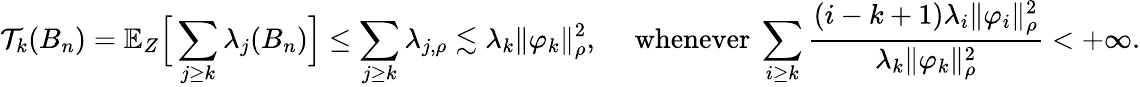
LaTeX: \mathcal T_{k}(B_{n})=\mathbb E_{Z}\Big[\sum_{j\geq k}\lambda_{j}(B_{n})\Big]\leq\sum_{j\geq k}\lambda_{j,\rho}\lesssim\lambda_{k}\| \varphi_{k}\| _{\rho}^{2},\quad\mathrm{~whenever~}\sum_{i\geq k}\frac{(i-k+1)\lambda_{i}\| \varphi_{i}\| _{\rho}^{2}}{\lambda_{k}\| \varphi_{k}\| _{\rho}^{2}}<+\infty.